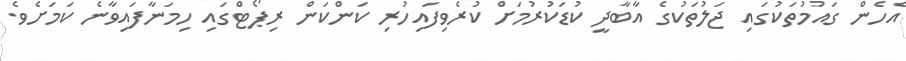
އެހެން ގައުމުތަކުގައި ޖަލުތަކުގެ އާބާދީ ކުޑަކުރުމަށް ކުރެވިފައިހުރި ކަންކަން ރިޕޯޓްގައި ހިމަނާފައިވާނެ ކަމަށެވެ.